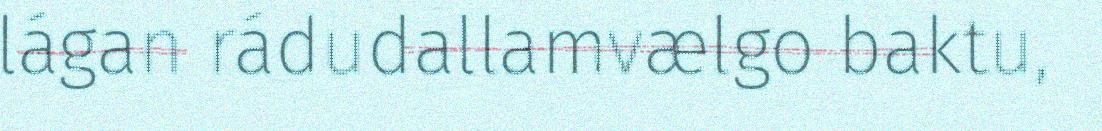
lágan rádudallamvælgo baktu,